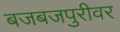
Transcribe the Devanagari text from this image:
बजबजपुरीवर